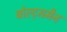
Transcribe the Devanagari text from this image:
बोल्ट्समैन